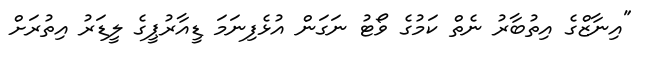
"އިނާޒްގެ އިތުބާރު ނެތް ކަމުގެ ވޯޓު ނަގަން އުޅެފިނަމަ ޑީއާރުޕީގެ ލީޑަރު އިތުރަށް